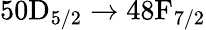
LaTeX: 50\mathrm{D}_{5/2}\rightarrow 48\mathrm{F}_{7/2}